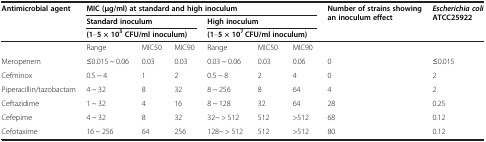
| <ROWSPAN=3> Antimicrobial agent | <COLSPAN=6> MIC(μg/ml)at standard and high inoculum | <ROWSPAN=3> Number of strains showing an inoculum effect | <ROWSPAN=3> Escherichia coliATCC25922 |
 | <COLSPAN=3> Standard inoculum | <COLSPAN=3> High inoculum |
 | <COLSPAN=3> (1–5 × 105CFU/ml inoculum) | <COLSPAN=3> (1–5 × 107 CFU/ml inoculum) |
 | --- | --- | --- | --- | --- | --- | --- | --- | --- |
 |  | Range | MIC50 | MIC90 | Range | MIC50 | MIC90 |  |  |
 | Meropenem | ≤0.015 ~ 0.06 | 0.03 | 0.03 | 0.03 ~ 0.06 | 0.03 | 0.06 | 0 | ≤0.015 |
 | Cefminox | 0.5 ~ 4 | 1 | 2 | 0.5 ~ 8 | 2 | 4 | 0 | 2 |
 | Piperacillin/tazobactam | 4 ~ 32 | 8 | 32 | 8 ~ 256 | 8 | 64 | 4 | 2 |
 | Ceftazidime | 1 ~ 32 | 4 | 16 | 8 ~ 128 | 32 | 64 | 28 | 0.25 |
 | Cefepime | 4 ~ 32 | 8 | 32 | 32~ > 512 | 512 | >512 | 68 | 0.12 |
 | Cefotaxime | 16 ~ 256 | 64 | 256 | 128~ > 512 | 512 | >512 | 80 | 0.12 |